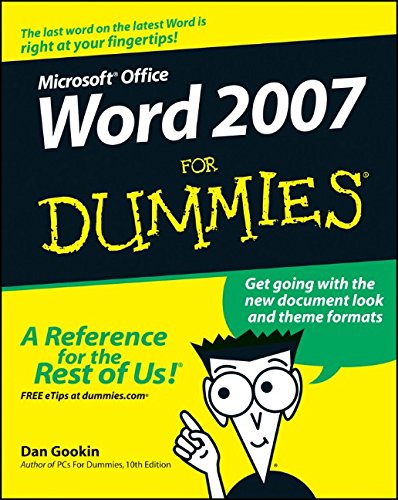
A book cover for Word 2007 For Dummies; Dan Gookin; Computers & Technology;